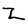
Character: Z